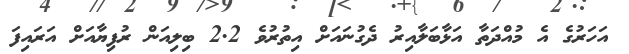
އަހަރުގެ އެ މުއްދަތާ އަަޅާބަލާއިރު ދެގުނައަށް އިތުރުވެ 2.2 ބިލިއަން ރުފިޔާއަށް އަރައިފަ